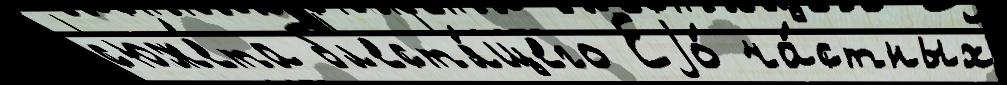
с'юже́та бл'ест'я́щего Еjо́ ча́стных